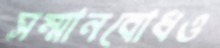
সম্মানবোধও